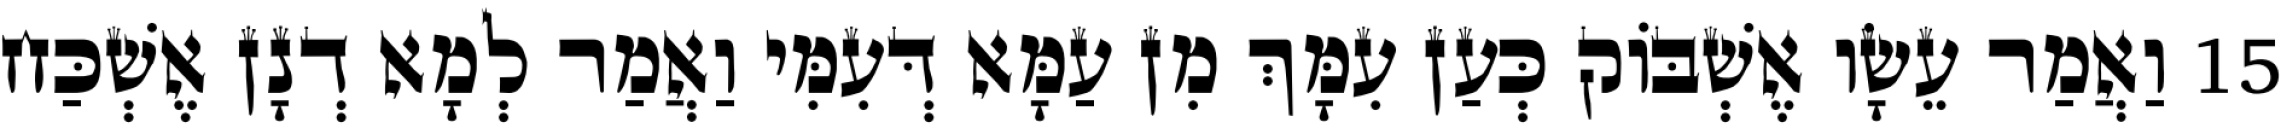
15 וַאֲמַר עֵשָׂו אֶשְׁבּוֹק כְּעַן עִמָּךְ מִן עַמָּא דְּעִמִּי וַאֲמַר לְמָא דְנָן אֶשְׁכַּח